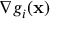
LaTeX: \nabla g _ { i } ( \mathbf { x } )